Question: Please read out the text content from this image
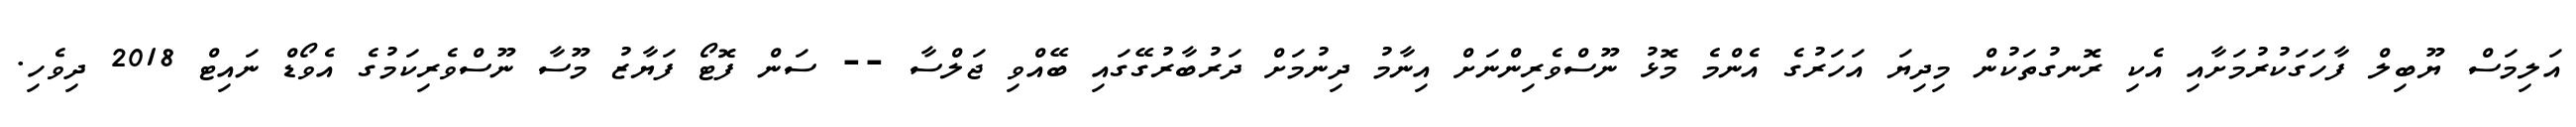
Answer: އަލިމަސް ޔޫބިލް ފާހަގަކުރުމަށާއި އެކި ރޮނގުތަކުން މިދިޔަ އަހަރުގެ އެންމެ މޮޅު ނޫސްވެރިންނަށް އިނާމު ދިނުމަށް ދަރުބާރުގޭގައި ބޭއްވި ޖަލްސާ -- ސަން ފޮޓޯ ފަޔާޒު މޫސާ ނޫސްވެރިކަމުގެ އެވޯޑް ނައިޓް 2018 ދިވެހި.